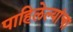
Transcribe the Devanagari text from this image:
पाहिलेल्यांचा